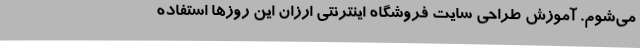
می‌شوم. آموزش طراحی سایت فروشگاه اینترنتی ارزان این روزها استفاده